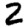
Digit: 2